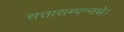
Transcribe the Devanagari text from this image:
सत्तासम्पन्नथे।